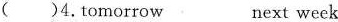
( )4. tomorrow next week